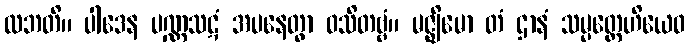
လဘတိ။ ပါဒေန ပဏ္ဏသဋံ အပနေတွာ ဝသိတဗ္ဗံ။ မဇ္ဈိမော တံ ဌာနံ သမ္ပတ္တေဟိယေဝ